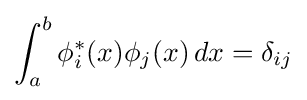
\int _{a}^{b}\phi _{i}^{*}(x)\phi _{j}(x)\,dx=\delta _{ij}